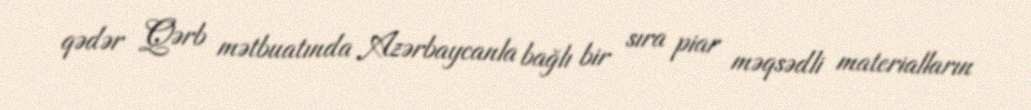
qədər Qərb mətbuatında Azərbaycanla bağlı bir sıra piar məqsədli materialların